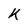
Character: k